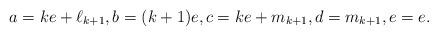
LaTeX: \begin{align*}a = ke + \ell_{k+1},b = (k+1)e,c = ke + m_{k+1},d = m_{k+1},e=e.\end{align*}